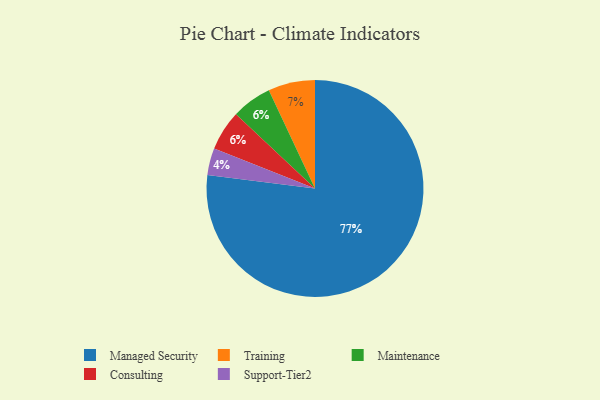
{"axis": {"x": "Category", "y": "Percentage"}, "legend": ["Consulting", "Maintenance", "Managed Security", "Support-Tier2", "Training"], "data": [{"x": "Maintenance", "y": 6, "type": "Maintenance"}, {"x": "Support-Tier2", "y": 4, "type": "Support-Tier2"}, {"x": "Consulting", "y": 6, "type": "Consulting"}, {"x": "Training", "y": 7, "type": "Training"}, {"x": "Managed Security", "y": 77, "type": "Managed Security"}]}